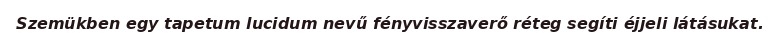
Szemükben egy tapetum lucidum nevű fényvisszaverő réteg segíti éjjeli látásukat.